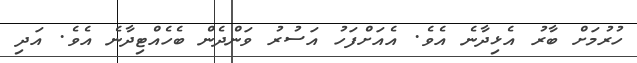
ހުރުމަށް ބާރު އެޅިދާނެ އެވެ. އެއަށްފަހު އަސުރު ވަންދެން ބެހެއްޓިދާނެ އެވެ. އަދި